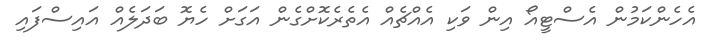
އެހެންކަމުން އެސްޓީއޯ އިން ވަކި އެއްޗެއް އެތެރެކޮށްގެން އަގަށް ހެޔޮ ބަދަލެއް އައިސްފައި